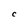
Character: C